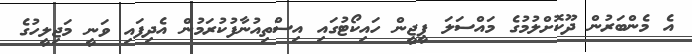
އެ މެންބަރުން ދޫކޮށްލުމުގެ މައްސަލަ ޕީޖީން ހައިކޯޓުގައި އިސްތިއުނާފުކުރަމުން އެދިފައި ވަނީ މަޖިލީހުގެ